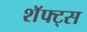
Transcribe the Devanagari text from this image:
शॅफ्ट्स